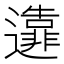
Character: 𨘴